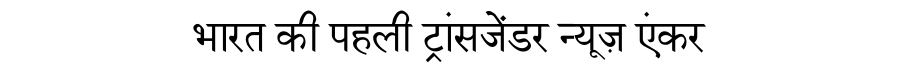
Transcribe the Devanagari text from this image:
भारत की पहली ट्रांसजेंडर न्यूज़ एंकर